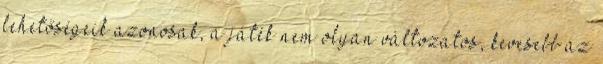
lehetőségeik azonosak, a játék nem olyan változatos, kevesebb az